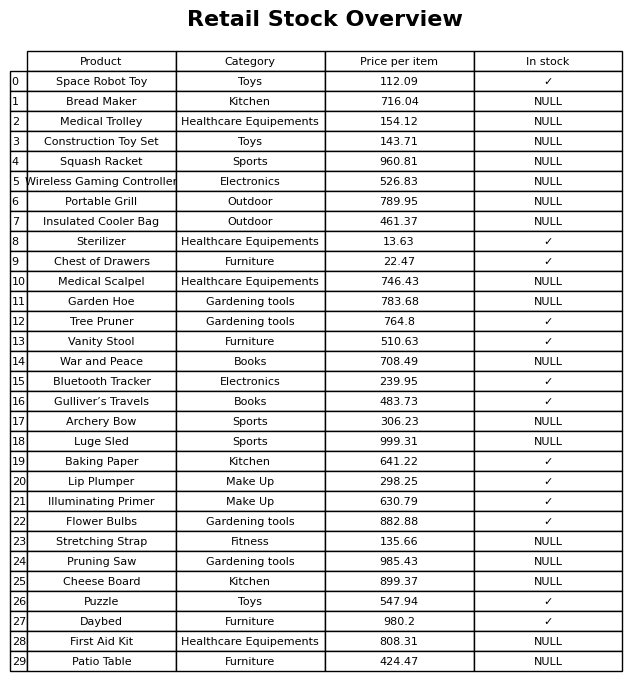
question: What is the price for Illuminating Primer?
answer: The price of Illuminating Primer is 630.79.